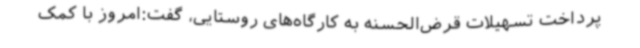
پرداخت تسهیلات قرض‌الحسنه به کارگاه‌های روستایی، گفت:امروز با کمک